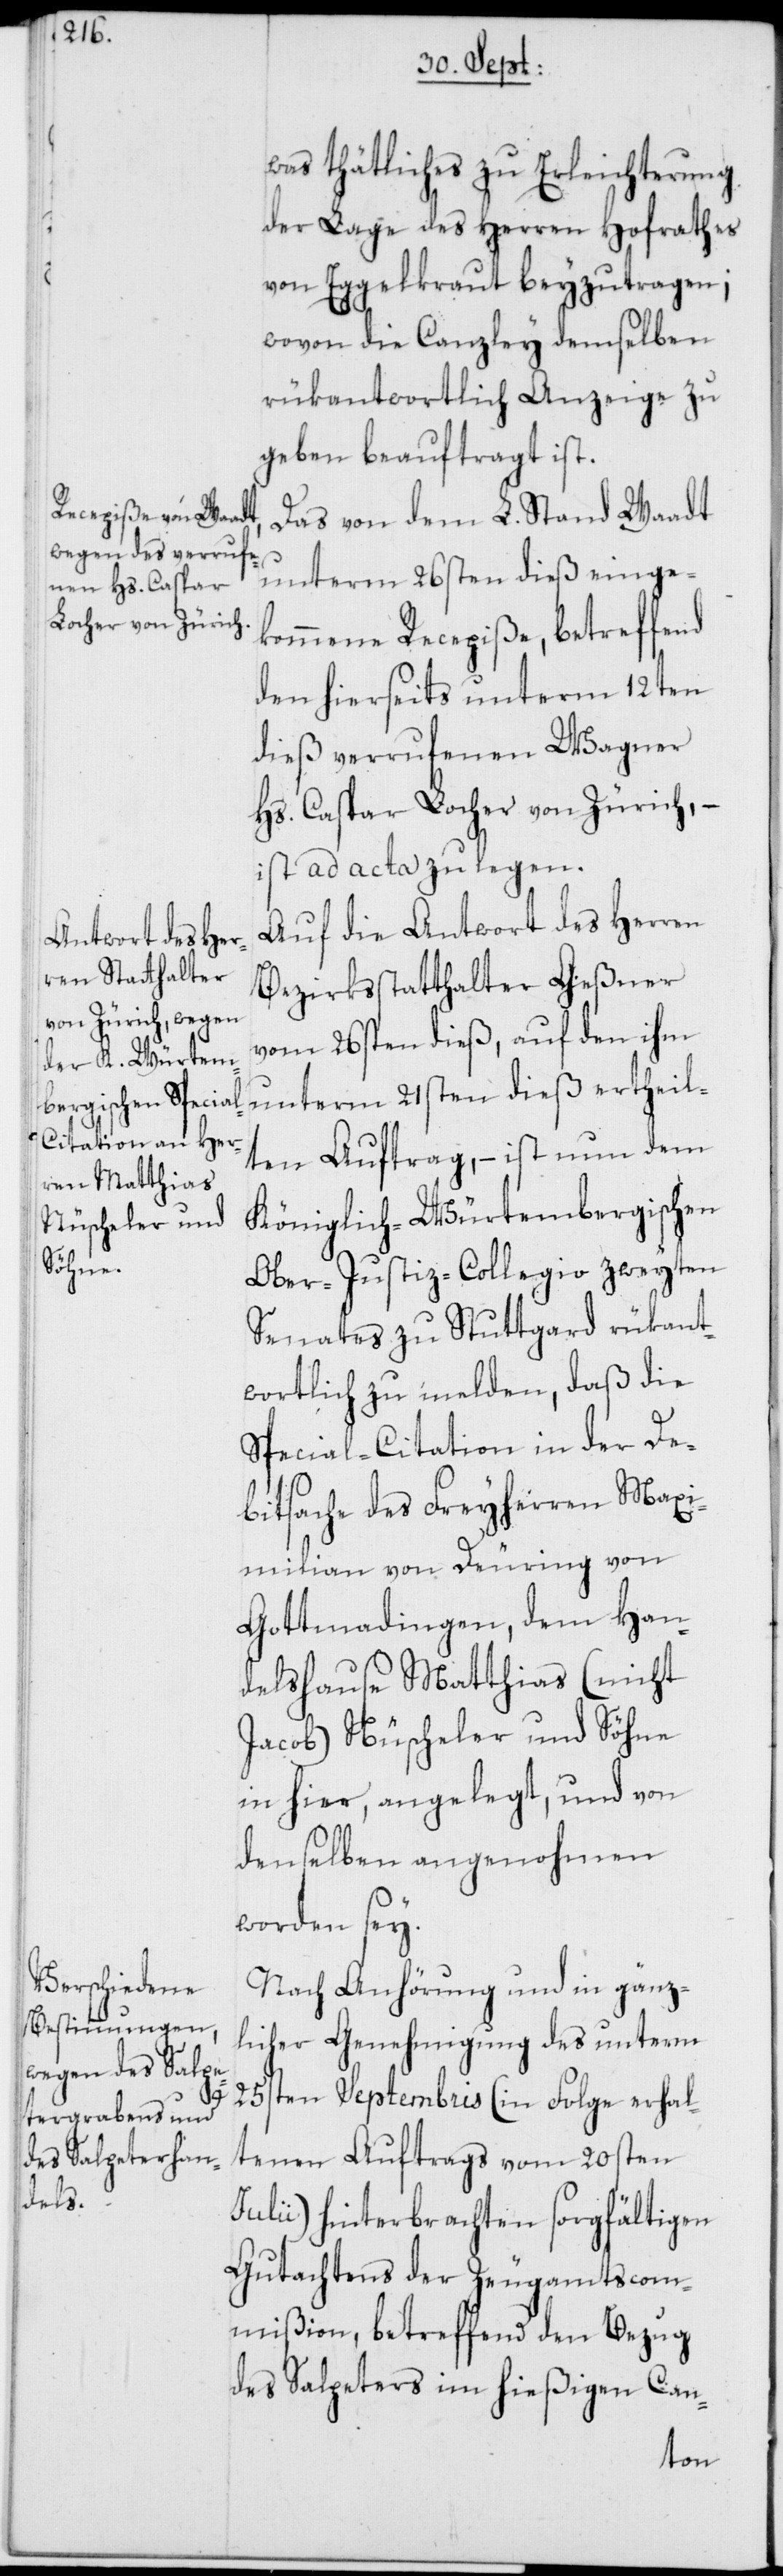
was thätliches zu Erleichterung
der Lage des Herren Hofrathes
von Eggelkraut beyzutragen;
wovon die Canzley demselben
rükantwortlich Anzeige zu
geben beauftragt ist.
Das von dem L. Stand Waadt
unterm 26sten dieß einge¬
kommene Recepiße, betreffend
den hierseits unterm 12ten
dieß verrufenen Wagner
Hs. Caspar Locher von Zürich, –
ist ad acta zu legen.
Auf die Antwort des Herren
Bezirksstatthalter Geßner
vom 26sten dieß, auf den ihm
unterm 21sten dieß ertheil¬
ten Auftrag, – ist nun dem
Königlich-Würtembergischen
Ober-Justiz-Collegio zweyten
Senates zu Stuttgard rükant¬
wortlich zu melden, daß die
Special-Citation in der De¬
bitsache des Freyherren Maxi¬
milian von Deuring von
Gottmadingen, dem Han¬
delshause Matthias (nicht
Jacob) Nüscheler und Söhne
in hier, angelegt, und von
denselben angenohmen
worden sey.
Nach Anhörung und in gänz¬
licher Genehmigung des unterm
25sten Septembris (in Folge erhal¬
tenen Auftrags vom 20sten
Julii) hinterbrachten sorgfältigen
Gutachtens der Zeugamtscom¬
mißion, betreffend den Bezug
des Salpeters im hießigen Can-